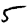
Digit: 5